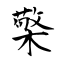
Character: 檠